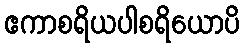
ဧကာစရိယပါစရိယောပိ